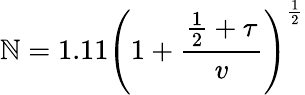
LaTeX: \mathbb{N}=1.11\left(1+{\frac{{{\frac{{1}}{{2}}}+\tau}}{{v}}}\right)^{\frac{{1}}{{2}}}